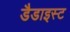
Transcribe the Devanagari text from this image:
डैडाइस्ट